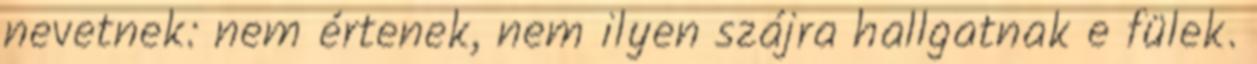
nevetnek: nem értenek, nem ilyen szájra hallgatnak e fülek.